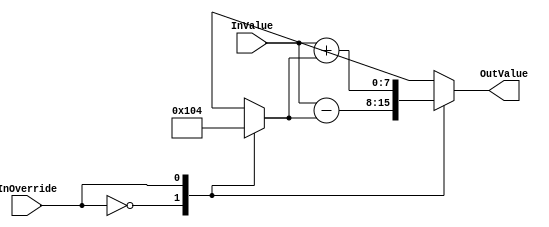
`timescale 1ns/1ps
`default_nettype none
// PLEASE READ THIS, IT MAY SAVE YOU SOME TIME AND MONEY, THANK YOU!
// * This file was generated by Quokka FPGA Toolkit.
// * Generated code is your property, do whatever you want with it
// * Place custom code between [BEGIN USER ***] and [END USER ***].
// * CAUTION: All code outside of [USER] scope is subject to regeneration.
// * Bad things happen sometimes in developer's life,
//   it is recommended to use source control management software (e.g. git, bzr etc) to keep your custom code safe'n'sound.
// * Internal structure of code is subject to change.
//   You can use some of signals in custom code, but most likely they will not exist in future (e.g. will get shorter or gone completely)
// * Please send your feedback, comments, improvement ideas etc. to evmuryshkin@gmail.com
// * Visit https://github.com/EvgenyMuryshkin/QuokkaEvaluation to access latest version of playground
//
// DISCLAIMER:
//   Code comes AS-IS, it is your responsibility to make sure it is working as expected
//   no responsibility will be taken for any loss or damage caused by use of Quokka toolkit.
//
// System configuration name is CombinationalL3Override_TopLevel, clock frequency is 1Hz, Top-level
// FSM summary
// -- Packages
module CombinationalL3Override_TopLevel
(
	// [BEGIN USER PORTS]
	// [END USER PORTS]
	input wire InOverride,
	input wire [7: 0] InValue,
	output wire [7: 0] OutValue
);
	// [BEGIN USER SIGNALS]
	// [END USER SIGNALS]
	localparam HiSignal = 1'b1;
	localparam LoSignal = 1'b0;
	wire Zero = 1'b0;
	wire One = 1'b1;
	wire true = 1'b1;
	wire false = 1'b0;
	wire CombinationalOverridesBase_L16F50T51_Expr = 1'b1;
	wire Inputs_InOverride;
	wire [7: 0] Inputs_InValue;
	wire [7: 0] InternalOffset;
	reg [7: 0] CombinationalL3Override_L9F71T78_Cast = 8'b00000100;
	wire [7: 0] CombinationalOverridesBase_L14F61T77_CombinationalOverridesBase_L24F9L26T10_CombinationalOverridesBase_L25F20T50_CombinationalOverridesBase_L34F9L36T10_CombinationalOverridesBase_L35F20T50_Cast;
	wire [7: 0] CombinationalOverridesBase_L14F80T96_CombinationalOverridesBase_L19F9L21T10_CombinationalOverridesBase_L20F20T50_CombinationalOverridesBase_L29F9L31T10_CombinationalOverridesBase_L30F20T50_Cast;
	wire [9: 0] CombinationalOverridesBase_L14F61T77_CombinationalOverridesBase_L24F9L26T10_CombinationalOverridesBase_L25F20T50_CombinationalOverridesBase_L34F9L36T10_CombinationalOverridesBase_L35F27T49_Expr;
	wire signed [9: 0] CombinationalOverridesBase_L14F61T77_CombinationalOverridesBase_L24F9L26T10_CombinationalOverridesBase_L25F20T50_CombinationalOverridesBase_L34F9L36T10_CombinationalOverridesBase_L35F27T49_Expr_1;
	wire signed [9: 0] CombinationalOverridesBase_L14F61T77_CombinationalOverridesBase_L24F9L26T10_CombinationalOverridesBase_L25F20T50_CombinationalOverridesBase_L34F9L36T10_CombinationalOverridesBase_L35F27T49_Expr_2;
	wire signed [9: 0] CombinationalOverridesBase_L14F80T96_CombinationalOverridesBase_L19F9L21T10_CombinationalOverridesBase_L20F20T50_CombinationalOverridesBase_L29F9L31T10_CombinationalOverridesBase_L30F27T49_Expr;
	wire signed [9: 0] CombinationalOverridesBase_L14F80T96_CombinationalOverridesBase_L19F9L21T10_CombinationalOverridesBase_L20F20T50_CombinationalOverridesBase_L29F9L31T10_CombinationalOverridesBase_L30F27T49_Expr_1;
	wire signed [9: 0] CombinationalOverridesBase_L14F80T96_CombinationalOverridesBase_L19F9L21T10_CombinationalOverridesBase_L20F20T50_CombinationalOverridesBase_L29F9L31T10_CombinationalOverridesBase_L30F27T49_Expr_2;
	reg [7: 0] CombinationalL3Override_L9F51T100_Lookup;
	reg [7: 0] CombinationalOverridesBase_L14F41T96_Lookup;
	wire CombinationalL3Override_L9F51T100_LookupMultiplexerAddress;
	wire [7: 0] CombinationalL3Override_L9F51T100_Lookup1;
	wire [7: 0] CombinationalL3Override_L9F51T100_Lookup2;
	wire CombinationalOverridesBase_L14F41T96_LookupMultiplexerAddress;
	wire [7: 0] CombinationalOverridesBase_L14F41T96_Lookup1;
	wire [7: 0] CombinationalOverridesBase_L14F41T96_Lookup2;
	assign CombinationalOverridesBase_L14F61T77_CombinationalOverridesBase_L24F9L26T10_CombinationalOverridesBase_L25F20T50_CombinationalOverridesBase_L34F9L36T10_CombinationalOverridesBase_L35F27T49_Expr = CombinationalOverridesBase_L14F61T77_CombinationalOverridesBase_L24F9L26T10_CombinationalOverridesBase_L25F20T50_CombinationalOverridesBase_L34F9L36T10_CombinationalOverridesBase_L35F27T49_Expr_1 + CombinationalOverridesBase_L14F61T77_CombinationalOverridesBase_L24F9L26T10_CombinationalOverridesBase_L25F20T50_CombinationalOverridesBase_L34F9L36T10_CombinationalOverridesBase_L35F27T49_Expr_2;
	assign CombinationalOverridesBase_L14F80T96_CombinationalOverridesBase_L19F9L21T10_CombinationalOverridesBase_L20F20T50_CombinationalOverridesBase_L29F9L31T10_CombinationalOverridesBase_L30F27T49_Expr = CombinationalOverridesBase_L14F80T96_CombinationalOverridesBase_L19F9L21T10_CombinationalOverridesBase_L20F20T50_CombinationalOverridesBase_L29F9L31T10_CombinationalOverridesBase_L30F27T49_Expr_1 - CombinationalOverridesBase_L14F80T96_CombinationalOverridesBase_L19F9L21T10_CombinationalOverridesBase_L20F20T50_CombinationalOverridesBase_L29F9L31T10_CombinationalOverridesBase_L30F27T49_Expr_2;
	always @ (*)
	begin
		case (CombinationalL3Override_L9F51T100_LookupMultiplexerAddress)
			'b0:
			begin
				CombinationalL3Override_L9F51T100_Lookup = CombinationalL3Override_L9F51T100_Lookup1;
			end
			'b1:
			begin
				CombinationalL3Override_L9F51T100_Lookup = CombinationalL3Override_L9F51T100_Lookup2;
			end
			default:
			begin
				CombinationalL3Override_L9F51T100_Lookup = 'b00000000;
			end
		endcase
	end
	always @ (*)
	begin
		case (CombinationalOverridesBase_L14F41T96_LookupMultiplexerAddress)
			'b0:
			begin
				CombinationalOverridesBase_L14F41T96_Lookup = CombinationalOverridesBase_L14F41T96_Lookup1;
			end
			'b1:
			begin
				CombinationalOverridesBase_L14F41T96_Lookup = CombinationalOverridesBase_L14F41T96_Lookup2;
			end
			default:
			begin
				CombinationalOverridesBase_L14F41T96_Lookup = 'b00000000;
			end
		endcase
	end
	assign CombinationalOverridesBase_L14F61T77_CombinationalOverridesBase_L24F9L26T10_CombinationalOverridesBase_L25F20T50_CombinationalOverridesBase_L34F9L36T10_CombinationalOverridesBase_L35F27T49_Expr_1 = { {2{1'b0}}, Inputs_InValue }/*expand*/;
	assign CombinationalOverridesBase_L14F61T77_CombinationalOverridesBase_L24F9L26T10_CombinationalOverridesBase_L25F20T50_CombinationalOverridesBase_L34F9L36T10_CombinationalOverridesBase_L35F27T49_Expr_2 = { {2{1'b0}}, InternalOffset }/*expand*/;
	assign CombinationalOverridesBase_L14F80T96_CombinationalOverridesBase_L19F9L21T10_CombinationalOverridesBase_L20F20T50_CombinationalOverridesBase_L29F9L31T10_CombinationalOverridesBase_L30F27T49_Expr_1 = { {2{1'b0}}, Inputs_InValue }/*expand*/;
	assign CombinationalOverridesBase_L14F80T96_CombinationalOverridesBase_L19F9L21T10_CombinationalOverridesBase_L20F20T50_CombinationalOverridesBase_L29F9L31T10_CombinationalOverridesBase_L30F27T49_Expr_2 = { {2{1'b0}}, InternalOffset }/*expand*/;
	assign Inputs_InOverride = InOverride;
	assign Inputs_InValue = InValue;
	assign InternalOffset = CombinationalL3Override_L9F51T100_Lookup;
	assign CombinationalOverridesBase_L14F61T77_CombinationalOverridesBase_L24F9L26T10_CombinationalOverridesBase_L25F20T50_CombinationalOverridesBase_L34F9L36T10_CombinationalOverridesBase_L35F20T50_Cast = CombinationalOverridesBase_L14F61T77_CombinationalOverridesBase_L24F9L26T10_CombinationalOverridesBase_L25F20T50_CombinationalOverridesBase_L34F9L36T10_CombinationalOverridesBase_L35F27T49_Expr[7:0]/*truncate*/;
	assign CombinationalOverridesBase_L14F80T96_CombinationalOverridesBase_L19F9L21T10_CombinationalOverridesBase_L20F20T50_CombinationalOverridesBase_L29F9L31T10_CombinationalOverridesBase_L30F20T50_Cast = CombinationalOverridesBase_L14F80T96_CombinationalOverridesBase_L19F9L21T10_CombinationalOverridesBase_L20F20T50_CombinationalOverridesBase_L29F9L31T10_CombinationalOverridesBase_L30F27T49_Expr[7:0]/*truncate*/;
	assign OutValue = CombinationalOverridesBase_L14F41T96_Lookup;
	assign CombinationalL3Override_L9F51T100_Lookup1 = { {7{1'b0}}, CombinationalOverridesBase_L16F50T51_Expr }/*expand*/;
	assign CombinationalL3Override_L9F51T100_Lookup2 = CombinationalL3Override_L9F71T78_Cast;
	assign CombinationalL3Override_L9F51T100_LookupMultiplexerAddress = Inputs_InOverride;
	assign CombinationalOverridesBase_L14F41T96_Lookup1 = CombinationalOverridesBase_L14F80T96_CombinationalOverridesBase_L19F9L21T10_CombinationalOverridesBase_L20F20T50_CombinationalOverridesBase_L29F9L31T10_CombinationalOverridesBase_L30F20T50_Cast;
	assign CombinationalOverridesBase_L14F41T96_Lookup2 = CombinationalOverridesBase_L14F61T77_CombinationalOverridesBase_L24F9L26T10_CombinationalOverridesBase_L25F20T50_CombinationalOverridesBase_L34F9L36T10_CombinationalOverridesBase_L35F20T50_Cast;
	assign CombinationalOverridesBase_L14F41T96_LookupMultiplexerAddress = Inputs_InOverride;
	// [BEGIN USER ARCHITECTURE]
	// [END USER ARCHITECTURE]
endmodule